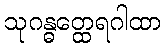
သုဂန္ဓတ္ထေရဂါထာ